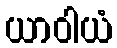
ယာဝါယံ